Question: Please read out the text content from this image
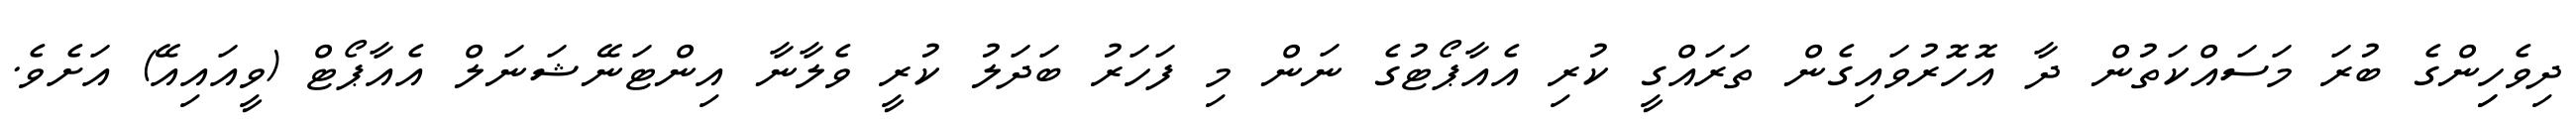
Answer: ދިވެހިިންގެ ބުރަ މަސައްކަތުން ދާ އޮހޮރުވައިގެން ތަރައްގީ ކުރި އެއާޕޯޓުގެ ނަން މި ފަހަރު ބަދަލު ކުރީ ވެލާނާ އިންޓަނޭޝަނަލް އެއާޕޯޓް (ވީއައިއޭ) އަށެވެ.